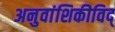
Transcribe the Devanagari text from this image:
अनुवांशिकीविद्